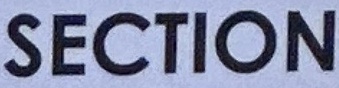
SECTION